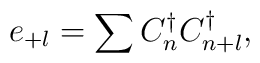
e_{+l}=\sum C_{n}^{\dagger}C_{n+l}^{\dagger},